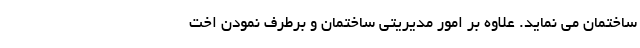
ساختمان می نماید. علاوه بر امور مدیریتی ساختمان و برطرف نمودن اخت